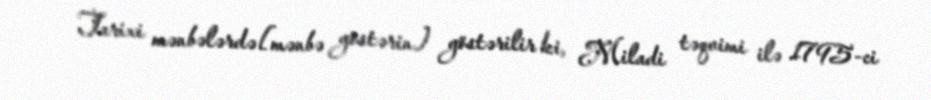
Tarixi mənbələrdə[mənbə göstərin] göstərilir ki, Miladi təqvimi ilə 1795-ci